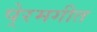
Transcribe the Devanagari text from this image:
पे्रमगीत